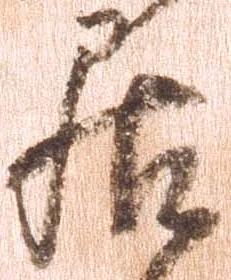
居